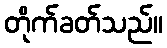
တိုက်ခတ်သည်။